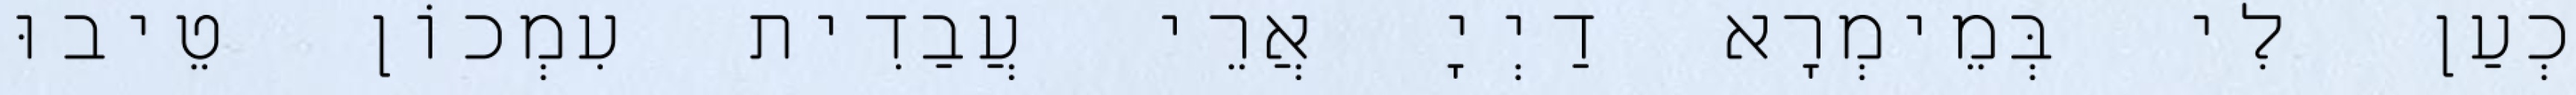
כְעַן לִי בְּמֵימְרָא דַיְיָ אֲרֵי עֲבַדִית עִמְכוֹן טֵיבוּ